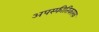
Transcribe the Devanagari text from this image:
अपस्फीतिकारक